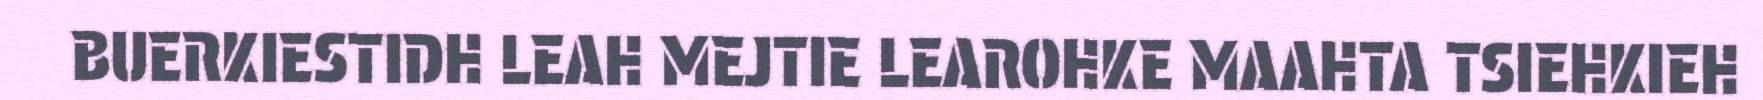
BUERKIESTIDH LEAH MEJTIE LEAROHKE MAAHTA TSIEHKIEH